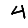
Digit: 4